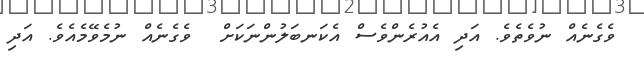
ވެގެނެއް ނުވެތެވެ. އަދި އެއުރެންވެސް އެކަނބަލުންނަކަށް  ވެގެނެއް ނުމެވޭމެއެވެ. އަދި